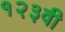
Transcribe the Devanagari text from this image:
१२३वी